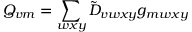
Q _ { v m } = \sum _ { w x y } \tilde { D } _ { v w x y } g _ { m w x y }